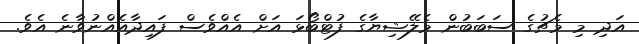
އަދި މި މެޗުގެ ސަބަބުން މެލޭޝިޔާގެ ފުޓްބޯޅަ އަށް އެއްވެސް ފައިދާއެއްނުވާނެ އެވެ.